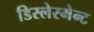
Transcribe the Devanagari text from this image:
डिस्लेस्मेन्ट